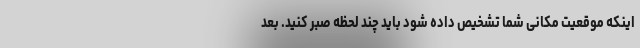
اینکه موقعیت مکانی شما تشخیص داده شود باید چند لحظه صبر کنید. بعد